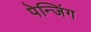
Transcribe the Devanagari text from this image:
पेन्जिंग